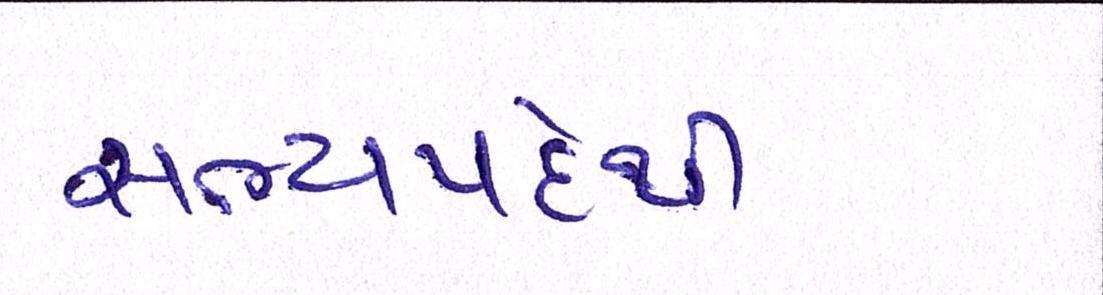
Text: સભ્યપદેથી